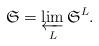
LaTeX: \begin{align*}\mathfrak{S}=\varprojlim_L\mathfrak{S}^L.\end{align*}